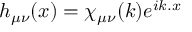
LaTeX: h _ { \mu \nu } ( x ) = \chi _ { \mu \nu } ( k ) e ^ { i k . x }